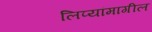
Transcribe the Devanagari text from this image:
लिप्यांमागील